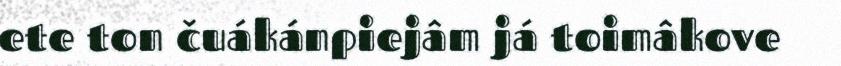
ete ton čuákánpiejâm já toimâkove